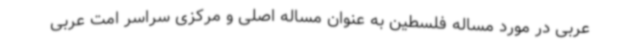
عربی در مورد مساله فلسطین به عنوان مساله اصلی و مرکزی سراسر امت عربی